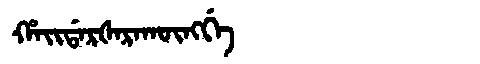
Manchu: ᡥᠠᡳᡩᠠᡵᡧᠠᡵᠠᡴᡡᠩᡤᡝ
Romanization: HAIDARŠARAKŪNGGE